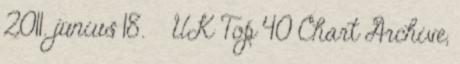
2011. június 18. ↑ UK Top 40 Chart Archive,